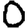
Digit: 0